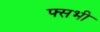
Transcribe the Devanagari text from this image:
फ्सभी